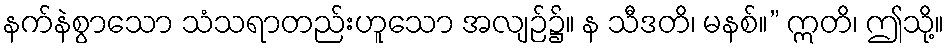
နက်နဲစွာသော သံသရာတည်းဟူသော အလျဉ်၌။ န သီဒတိ၊ မနစ်။” ဣတိ၊ ဤသို့။